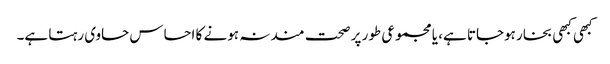
کبھی کبھی بخار ہوجاتا ہے، یا مجموعی طور پر صحت مند نہ ہونے کا احساس حاوی رہتا ہے۔